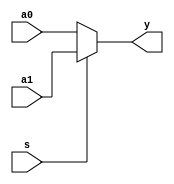
/* 
writer:liyiming 
date: 2018/11/13
version: 0.0
module: mux
func: 521
*/
module mux2x5(
    a0,
    a1,
    s,
    y
);
    input [4:0]a0,a1;
    input s;
    output [4:0]y;
    assign y = s? a1 : a0;
endmodule